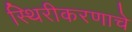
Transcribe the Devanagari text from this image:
स्थिरीकरणाचे